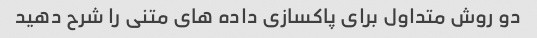
دو روش متداول برای پاکسازی داده های متنی را شرح دهید